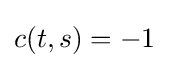
c(t,s)=-1